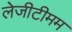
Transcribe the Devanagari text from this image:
लेजीटीमम